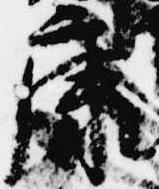
康